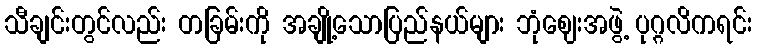
သီချင်းတွင်လည်း တခြမ်းကို အချို့သောပြည်နယ်များ ဘုံဈေးအဖွဲ့ ပုဂ္ဂလိကရင်း